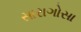
સારાગોસા